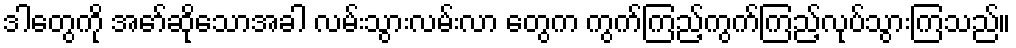
ဒါတွေကို အော်ဆိုသောအခါ လမ်းသွားလမ်းလာ တွေက ကွက်ကြည့်ကွက်ကြည့်လုပ်သွားကြသည်။